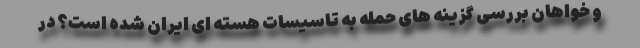
و خواهان بررسی گزینه های حمله به تاسیسات هسته ای ایران شده است؟ در